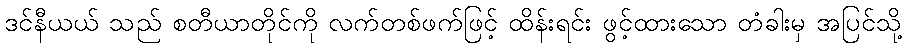
ဒင်နီယယ် သည် စတီယာတိုင်ကို လက်တစ်ဖက်ဖြင့် ထိန်းရင်း ဖွင့်ထားသော တံခါးမှ အပြင်သို့